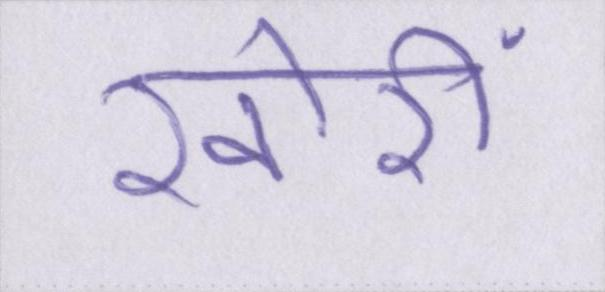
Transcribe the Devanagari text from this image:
खोरी